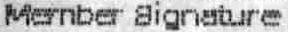
MERNBER SIGNATURE